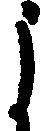
よ